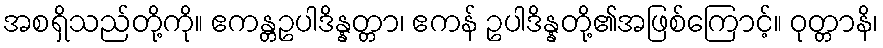
အစရှိသည်တို့ကို။ ဧကန္တဥပါဒိန္နတ္တာ၊ ဧကန် ဥပါဒိန္နတို့၏အဖြစ်ကြောင့်။ ဝုတ္တာနိ၊